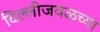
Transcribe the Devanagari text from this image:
दिल्लीजवळच्या